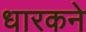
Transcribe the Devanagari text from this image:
धारकने